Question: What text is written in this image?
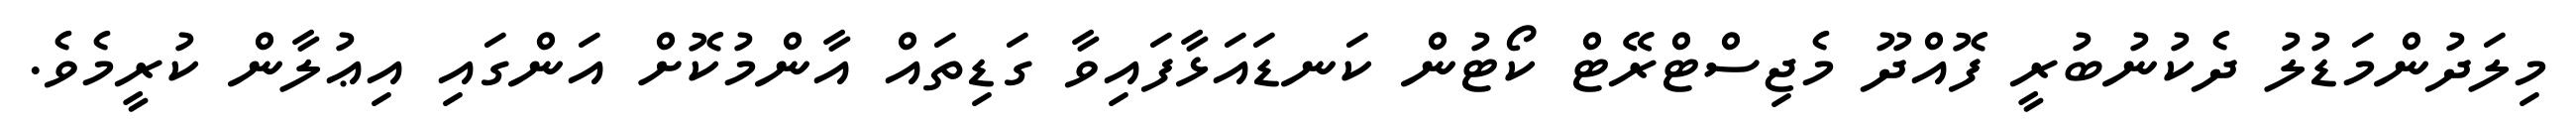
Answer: މިލަދުންމަޑުލު ދެކުނުބުރީ ފޮއްދޫ މެޖިސްޓްރޭޓް ކޯޓުން ކަނޑައަޅާފައިވާ ގަޑިތައް އާންމުކޮށް އަންގައި އިޢުލާން ކުރީމެވެ.